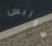
هوليس